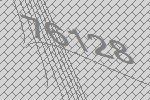
76128